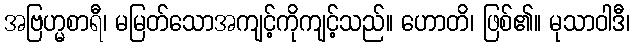
အဗြဟ္မစာရီ၊ မမြတ်သောအကျင့်ကိုကျင့်သည်။ ဟောတိ၊ ဖြစ်၏။ မုသာဝါဒီ၊